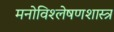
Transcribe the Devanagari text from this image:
मनोविश्लेषणशास्त्र